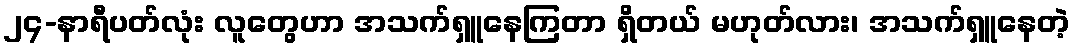
၂၄-နာရီပတ်လုံး လူတွေဟာ အသက်ရှူနေကြတာ ရှိတယ် မဟုတ်လား၊ အသက်ရှူနေတဲ့